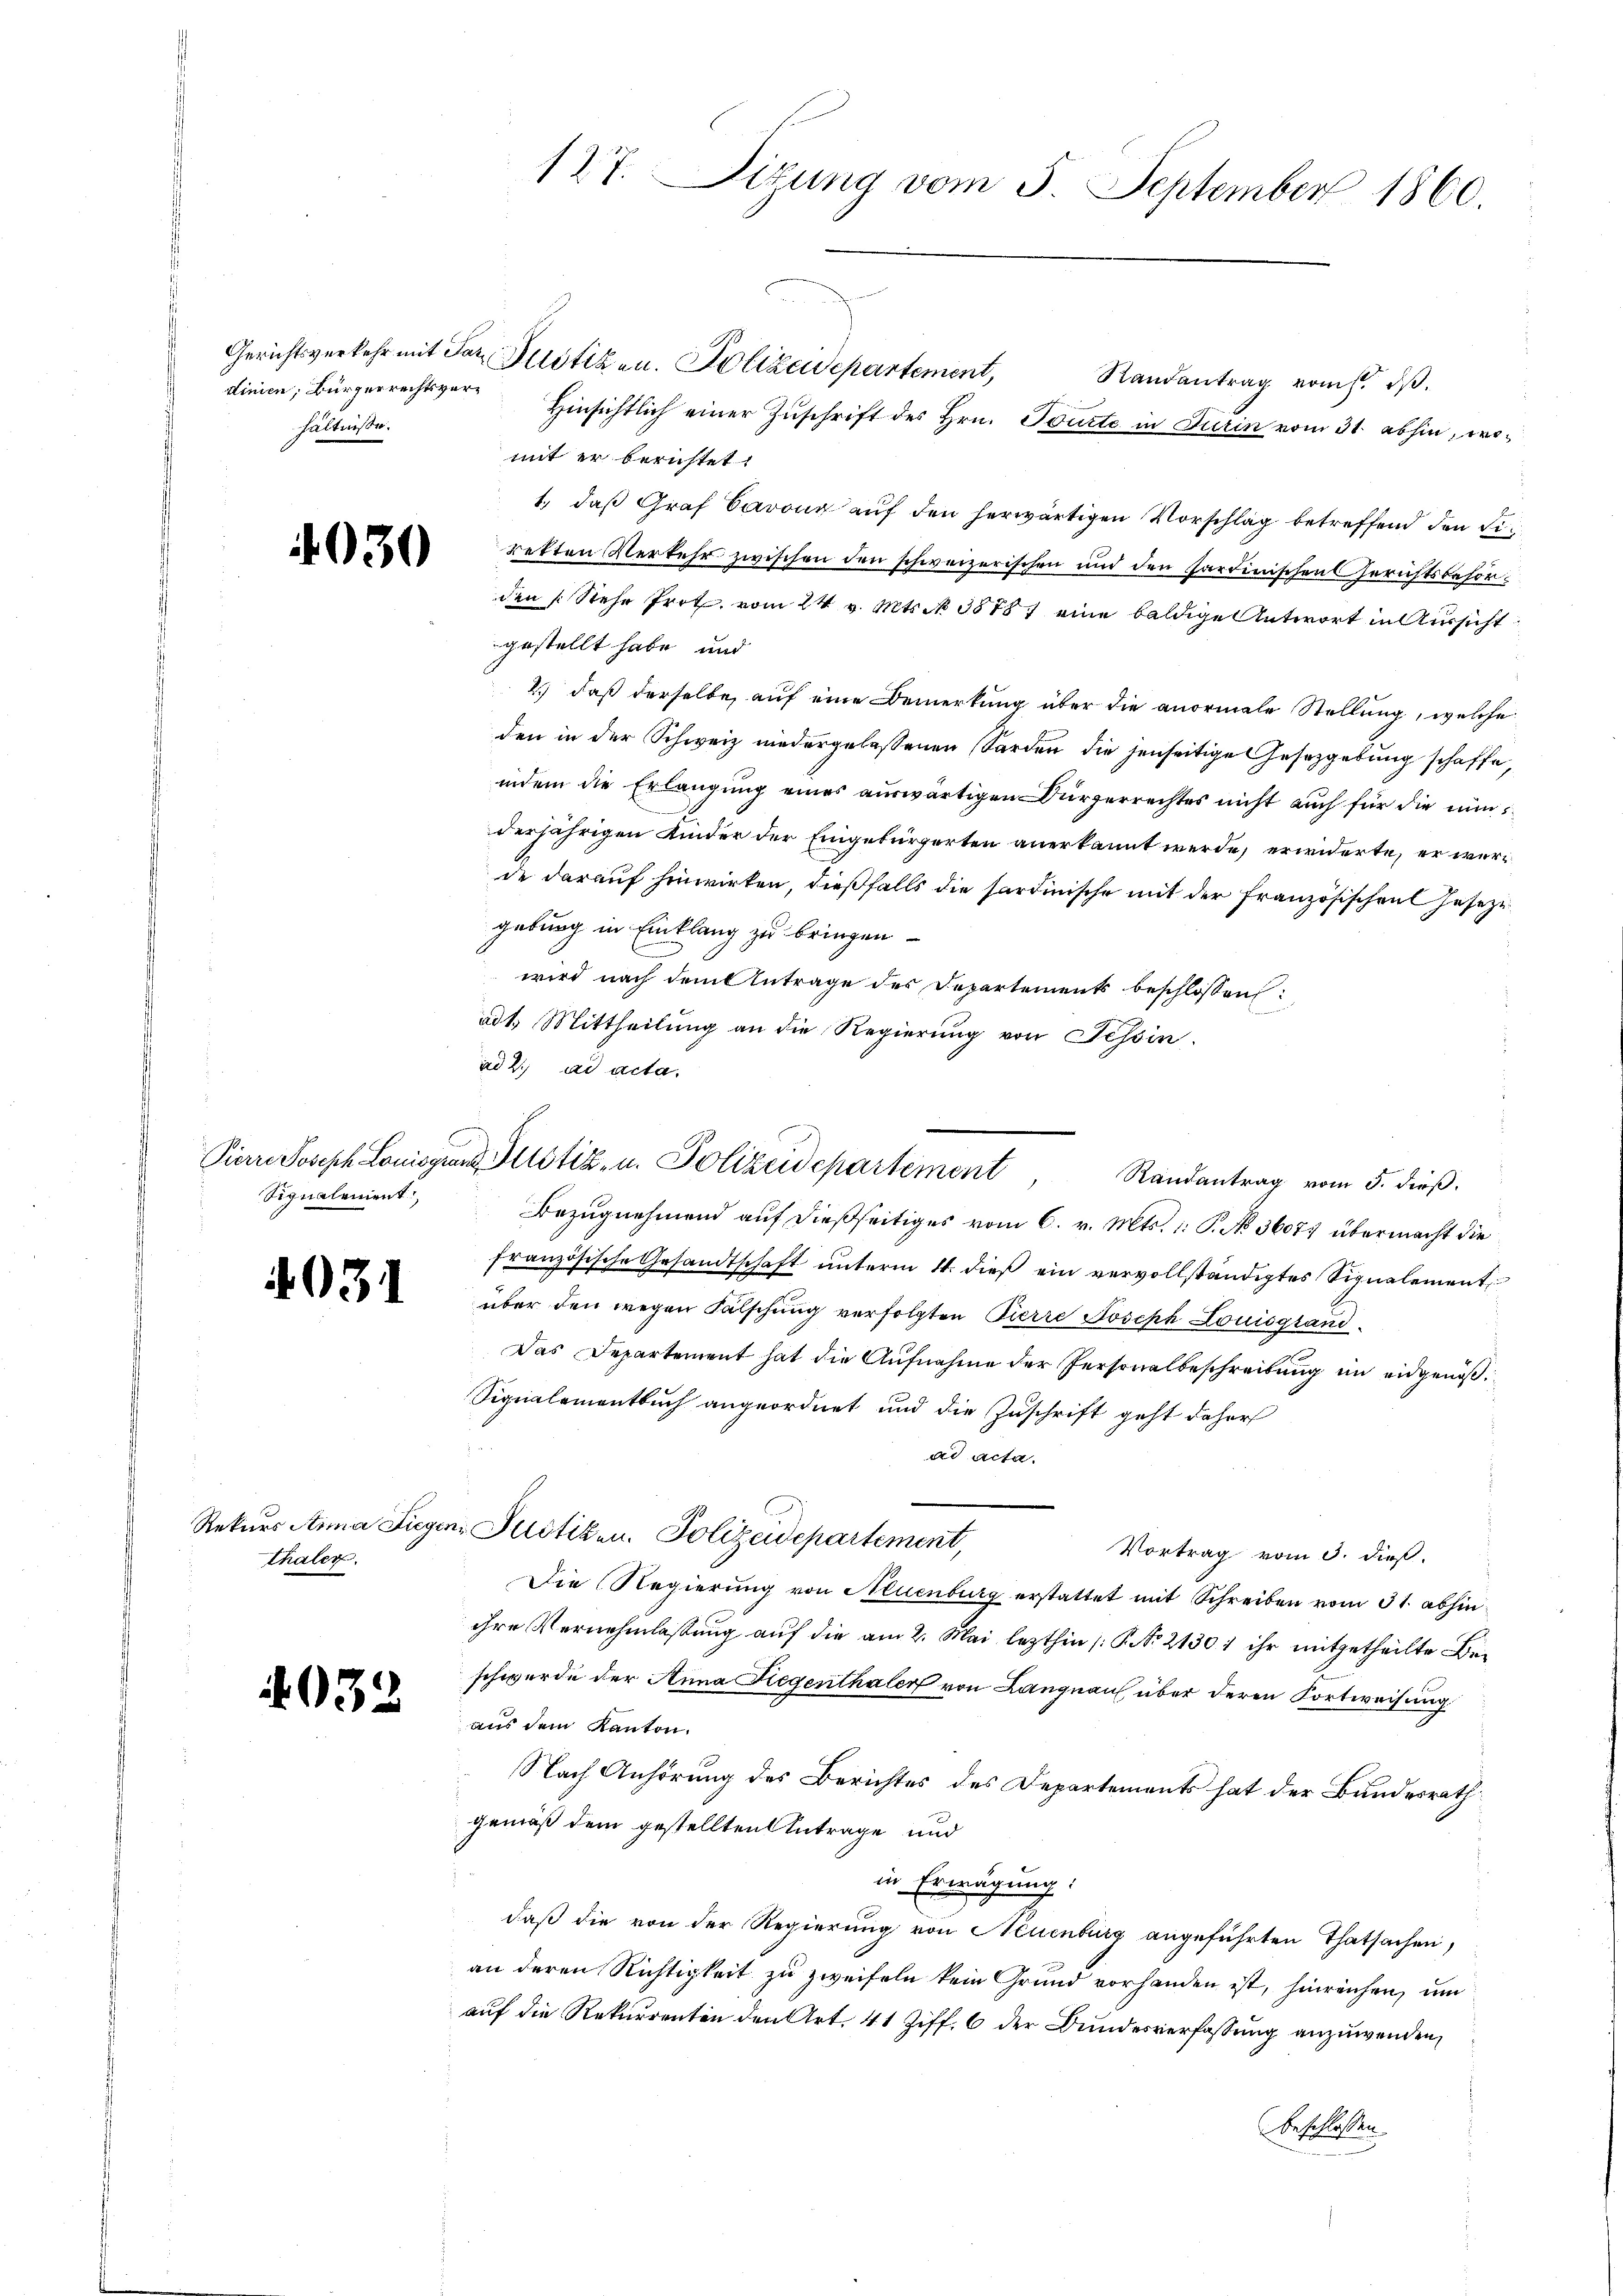
hältnisse.

030

Signalement

403

Rekurs Anna Lieger
thaler.

4932

127. Sitzung vom 5. September 1860.

Gerichtsverkehr mit Par Potizen. Polizeidepartement,
Randantrag vom 6. dβ.
dinien, Bürgerrechtsver Hinsichtlich einer Zuschrift des Hrn. Tourte in Turin vom 31. abhin, womit er berichtet
1., daß Graf Cavon auf den herwärtigen Vorschlag betreffend den Firetten Verkehr zwischen den schweizerischen und den Sardinischen Gerichtsbesorden k. Siehe Prot. vom 24 v. Mts. No 38787 eine baldige Antwort in Aussicht
gestellt habe, und
2.) daß derselbe, auf eine Bemerkung über die anormale Stellung, welche
den in der Schweiz niedergelassenen Forden die jenseitige Gesetzgebung schaffe,
indem die Erlangung eines auswärtigen Bürgerrechtes nicht auch für die nunderjährigen Kinder der Eingebürgerten anerkannt werde, erwiderte, er werde darauf hinwirken, dießfalls die sardinische mit der Französischen Geseze
gebung in Einklang zu bringen
wird nach dem Antrage des Departements beschlossen:
ad 1. Mittheilung an die Regierung von Tessin.
ad 2. ad acta.

Pierre Joseph Louisgrund Justiz- u. Polizeidepartement, Randantrag vom 5. dieβ.

Bezugnehmend auf dießseitiges vom 6. v. Mts. 1. P. No 36074 übermacht die
französische Gesandtschaft unterm 14. dieß ein vervollständigtes Signalement
über den wegen Fälschung verfolgten Pierre Joseph Louisgland¬
Das Departement hat die Aufnahme der Personalbeschreibung im eidgenöß¬
Signalementbuch angeordnet und die Zuschrift geht daher
ad acta.
er Justiken. Polizeidepartement,
Vortrag vom 3. dieß.
Die Regierung von Aluenburg erstattet mit Schreiben vom 31. abhin
ihre Vernehmlassung auf die am 2. Mai lezthin /: P. No 21301 ihr mitgetheilte Beschwerde der Anna Regenthaler von Langnau über deren Fortweisung
aus dem Kanton.
Nach Anhörung des Berichtes des Departements hat der Bundesrath
gemäß dem gestellten Antrage und
in Erwägung.
daß die von der Regierung von Neuenburg angeführten Thatsachen,
an deren Richtigkeit zu zweifeln kein Grund vorhanden ist, hinreichen, um
auf die Rekurrenten den Art. 41 Ziff. 6 der Bundesverfassung anzuwenden,
beschlossen.